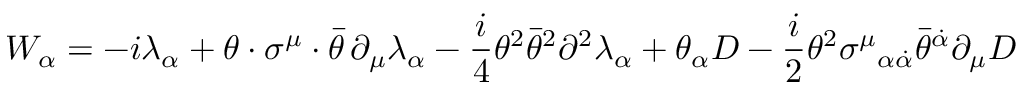
W _ { \alpha } = - i \lambda _ { \alpha } + \theta \cdot \sigma ^ { \mu } \cdot \bar { \theta } \, \partial _ { \mu } \lambda _ { \alpha } - \frac { i } { 4 } \theta ^ { 2 } \bar { \theta } ^ { 2 } \partial ^ { 2 } \lambda _ { \alpha } + \theta _ { \alpha } D - \frac { i } { 2 } \theta ^ { 2 } \sigma ^ { \mu } { } _ { \alpha \dot { \alpha } } \bar { \theta } ^ { \dot { \alpha } } \partial _ { \mu } D